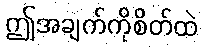
ဤအချက်ကိုစိတ်ထဲ